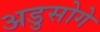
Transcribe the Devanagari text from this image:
अडुसोगे